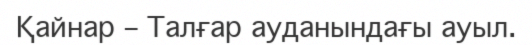
Қайнар – Талғар ауданындағы ауыл.